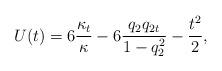
LaTeX: \begin{gather*}U(t) = 6\frac{\kappa_t}{\kappa} -6\frac{q_2q_{2t}}{1-q^2_2} - \frac{t^2}{2},\end{gather*}